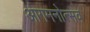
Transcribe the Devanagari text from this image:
आगमनोत्सव